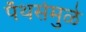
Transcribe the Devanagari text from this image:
पँथर्समुळे